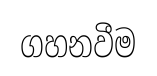
ගහනවීම